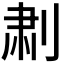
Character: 𫦅